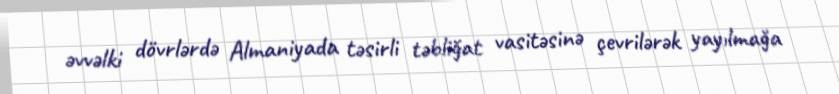
əvvəlki dövrlərdə Almaniyada təsirli təbliğat vasitəsinə çevrilərək yayılmağa